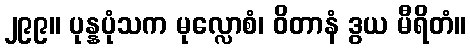
၂၉၉။ ပုန္နပုံသက မုလ္လောစံ၊ ဝိတာနံ ဒွယ မီရိတံ။